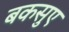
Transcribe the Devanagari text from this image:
बकसुए